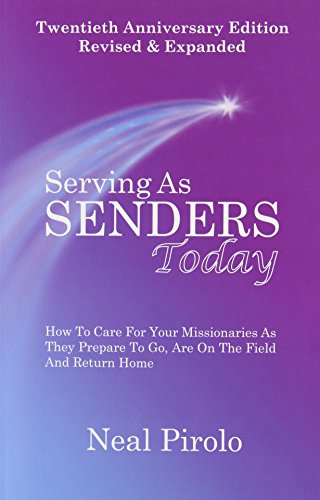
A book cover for Serving As Senders - Today; Neal Pirolo; Christian Books & Bibles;